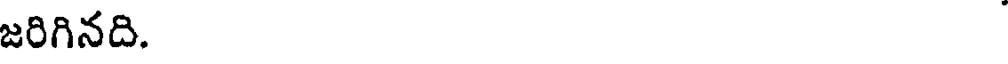
జరిగినది.